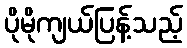
ပိုမိုကျယ်ပြန့်သည့်